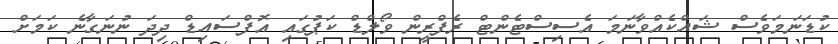
ކުޑަނަމަވެސް ޝައްކެއްވާނަމަ އެސިސްޓެންޓް ރެފްރީން ވޯލްޑް ކަޕުގައި އޮފްސައިޑް ދިދަ ނުނަގާނެ ކަމަށް